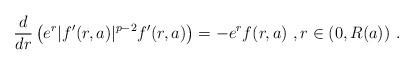
LaTeX: \begin{align*}\frac{d}{dr} \left( e^r |f'(r,a)|^{p-2} f'(r,a) \right) = - e^r f(r,a)\ , r\in (0,R(a))\ . \end{align*}